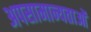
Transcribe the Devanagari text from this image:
अपसामान्यताओं